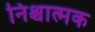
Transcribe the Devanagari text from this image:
निश्चात्मक